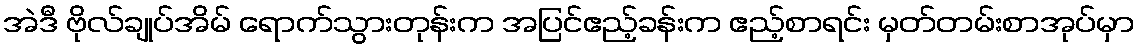
အဲဒီ ဗိုလ်ချုပ်အိမ် ရောက်သွားတုန်းက အပြင်ဧည့်ခန်းက ဧည့်စာရင်း မှတ်တမ်းစာအုပ်မှာ